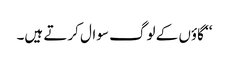
‘‘ گاؤں کے لوگ سوال کرتے ہیں۔